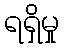
ရရှိမှု